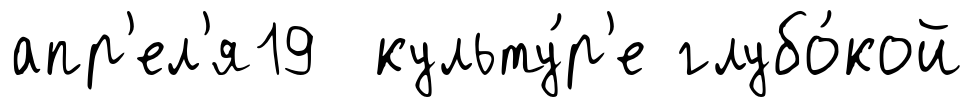
апр'ел'я19 культу́р'е глубо́кой